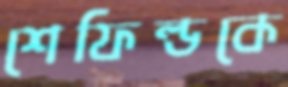
শেফিল্ডকে